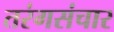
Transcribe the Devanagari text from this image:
तरंगसंचार